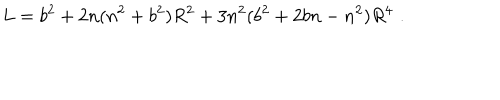
L = b ^ { 2 } + 2 n ( n ^ { 2 } + b ^ { 2 } ) R ^ { 2 } + 3 n ^ { 2 } ( b ^ { 2 } + 2 b n - n ^ { 2 } ) R ^ { 4 } \, \, .